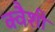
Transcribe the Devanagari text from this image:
क्वैशी